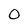
Character: O